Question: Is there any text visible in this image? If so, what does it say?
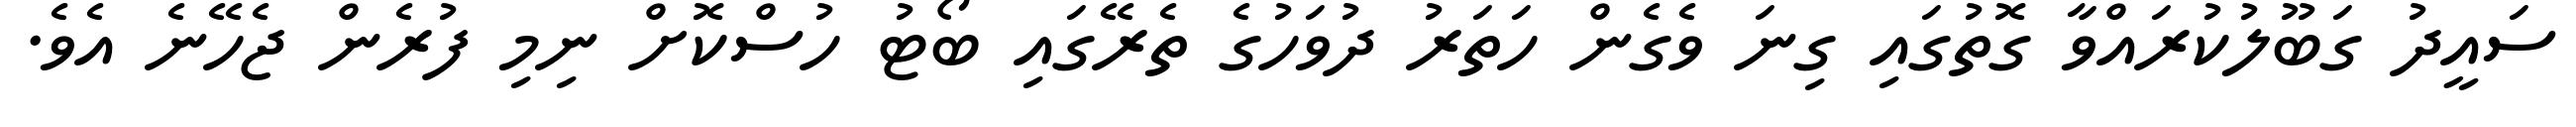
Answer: ސައީދު ގަބޫލުކުރައްވާ ގޮތުގައި ގިނަ ވެގެން ހަތަރު ދުވަހުގެ ތެރޭގައި ބޯޓު ހުސްކޮށް ނިމި ފުރެން ޖެހޭނެ އެވެ.